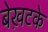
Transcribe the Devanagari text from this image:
बेख़टके